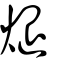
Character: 煺